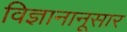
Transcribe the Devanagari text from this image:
विज्ञानानूसार